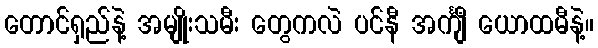
တောင်ရှည်နဲ့ အမျိုးသမီး တွေကလဲ ပင်နီ အင်္ကျီ ယောထမီနဲ့။